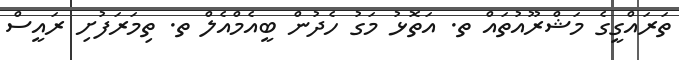
ތަރައްގީގެ މަޝްރޫއުތައް ތ. އަތޮޅު މަގު ހެދުން ބީއެމްއެލް ތ. ތިމަރަފުށި ރައީސް